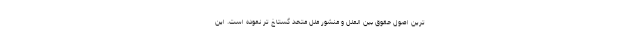
ترین اصول حقوق بین الملل و منشور ملل متحد گستاخ تر نموده است. این